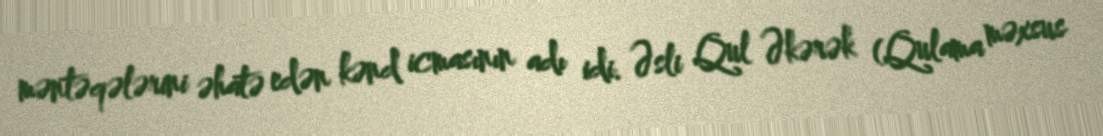
məntəqələrini əhatə edən kənd icmasının adı idi. Əsli Qul Əkərək (Qulama məxsus